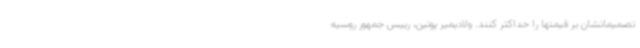
تصمیماتشان بر قیمتها را حداکثر کنند. ولادیمیر پوتین، رییس جمهور روسیه